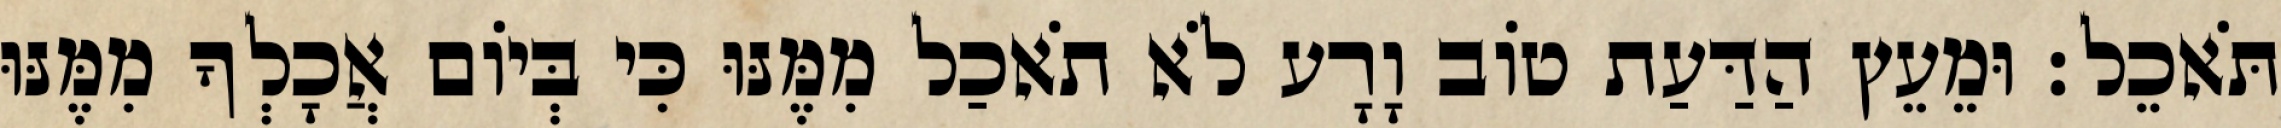
תֹּאכֵל׃ וּמֵעֵץ הַדַּעַת טֹוב וָרָע לֹא תֹאכַל מִמֶּנּוּ כִּי בְּיֹום אֲכָלְךָ מִמֶּנּוּ